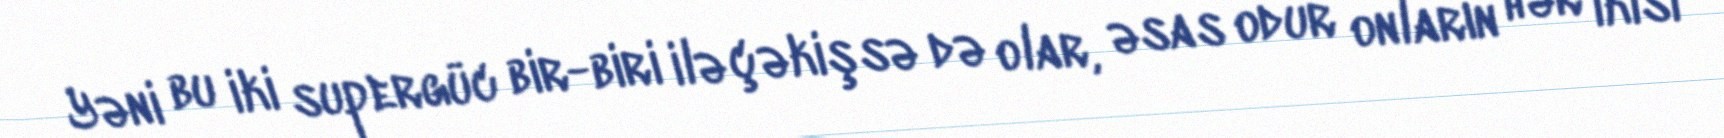
Yəni bu iki supergüc bir-biri ilə çəkişsə də olar, əsas odur onların hər ikisi